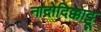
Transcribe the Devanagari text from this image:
नादोदिक्काट्टू